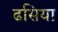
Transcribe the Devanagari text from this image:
ढसिया